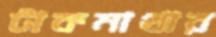
টাকমাথার